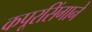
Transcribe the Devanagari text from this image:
कपूरसिंगाने